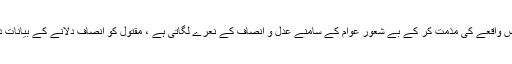
جیالوں کی کارروائی کے بعد سیاسی پارٹیوں کی ہائی کمان اس واقعے کی مذمت کر کے بے شعور عوام کے سامنے عدل و انصاف کے نعرے لگاتی ہے ، مقتول کو انصاف دلانے کے بیانات دئیے جاتے ہیں اور عوام کو پھر سے بے وقوف بنایا جاتا ہے۔